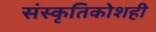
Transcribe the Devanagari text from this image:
संस्कृतिकोशही